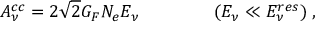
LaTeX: A _ { \nu } ^ { c c } = 2 \sqrt { 2 } G _ { F } N _ { e } E _ { \nu } \; \; \; \; \; \; \; \; \; \; \; \; \; \; \; ( E _ { \nu } \ll E _ { \nu } ^ { r e s } ) \; ,